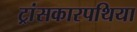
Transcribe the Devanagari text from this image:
ट्रांसकारपथिया